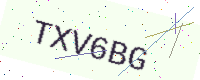
Text: TXV6BG